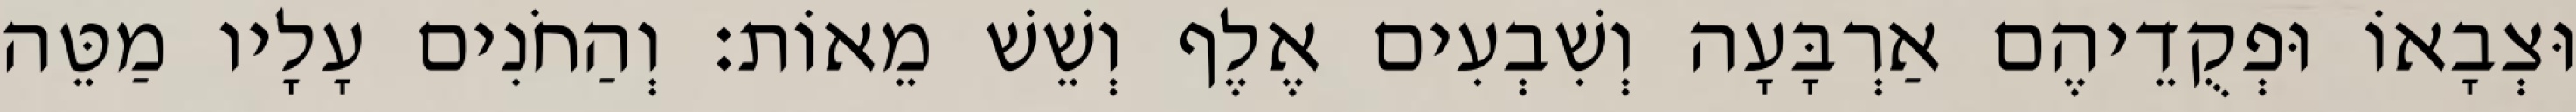
וּצְבָאוֹ וּפְקֻדֵיהֶם אַרְבָּעָה וְשִׁבְעִים אֶלֶף וְשֵׁשׁ מֵאוֹת׃ וְהַחֹנִים עָלָיו מַטֵּה